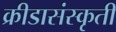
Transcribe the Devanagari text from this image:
क्रीडासंस्कृती